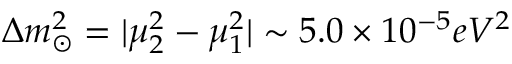
\Delta m _ { \odot } ^ { 2 } = | \mu _ { 2 } ^ { 2 } - \mu _ { 1 } ^ { 2 } | \sim 5 . 0 \times 1 0 ^ { - 5 } e V ^ { 2 }